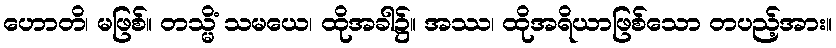
ဟောတိ၊ မဖြစ်။ တသ္မိံ သမယေ၊ ထိုအခါ၌။ အဿ၊ ထိုအရိယာဖြစ်သော တပည့်အား။